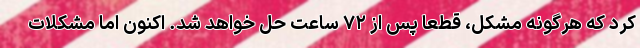
کرد که هرگونه مشکل، قطعا پس از ۷۲ ساعت حل خواهد شد. اکنون اما مشکلات